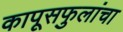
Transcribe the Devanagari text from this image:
कापूसफुलांचा